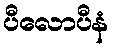
ပီလောပီနံ